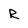
Character: R